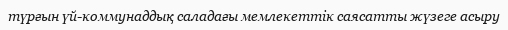
түрғын үй-коммунаддық саладағы мемлекеттік саясатты жүзеге асыру